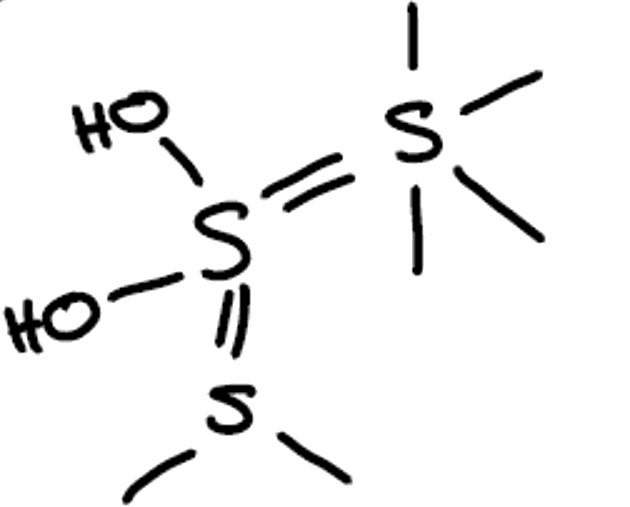
Simplified molecular-input line-entry system (SMILES) notation of the given molecule:
CS(=S(=S(C)(C)(C)C)(O)O)C